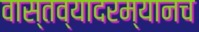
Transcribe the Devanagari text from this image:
वास्तव्यादरम्यानच